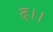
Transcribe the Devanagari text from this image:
द।।